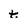
Character: t